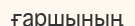
ғаршының